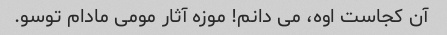
آن کجاست اوه، می دانم! موزه آثار مومی مادام توسو.